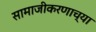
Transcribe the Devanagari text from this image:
सामाजीकरणाच्या